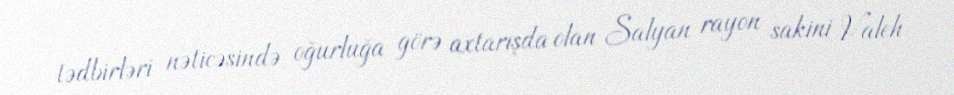
tədbirləri nəticəsində oğurluğa görə axtarışda olan Salyan rayon sakini Valeh